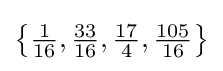
\left\{{\tfrac {1}{16}},{\tfrac {33}{16}},{\tfrac {17}{4}},{\tfrac {105}{16}}\right\}